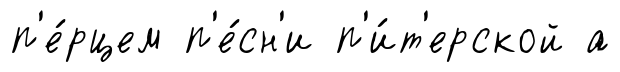
п'е́рцем п'е́сн'и п'и́т'ерской а